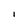
Character: i